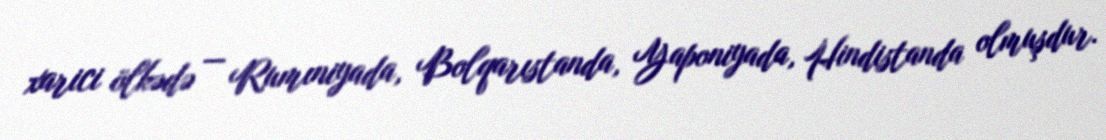
xarici ölkədə — Rumıniyada, Bolqarıstanda, Yaponiyada, Hindistanda olmuşdur.